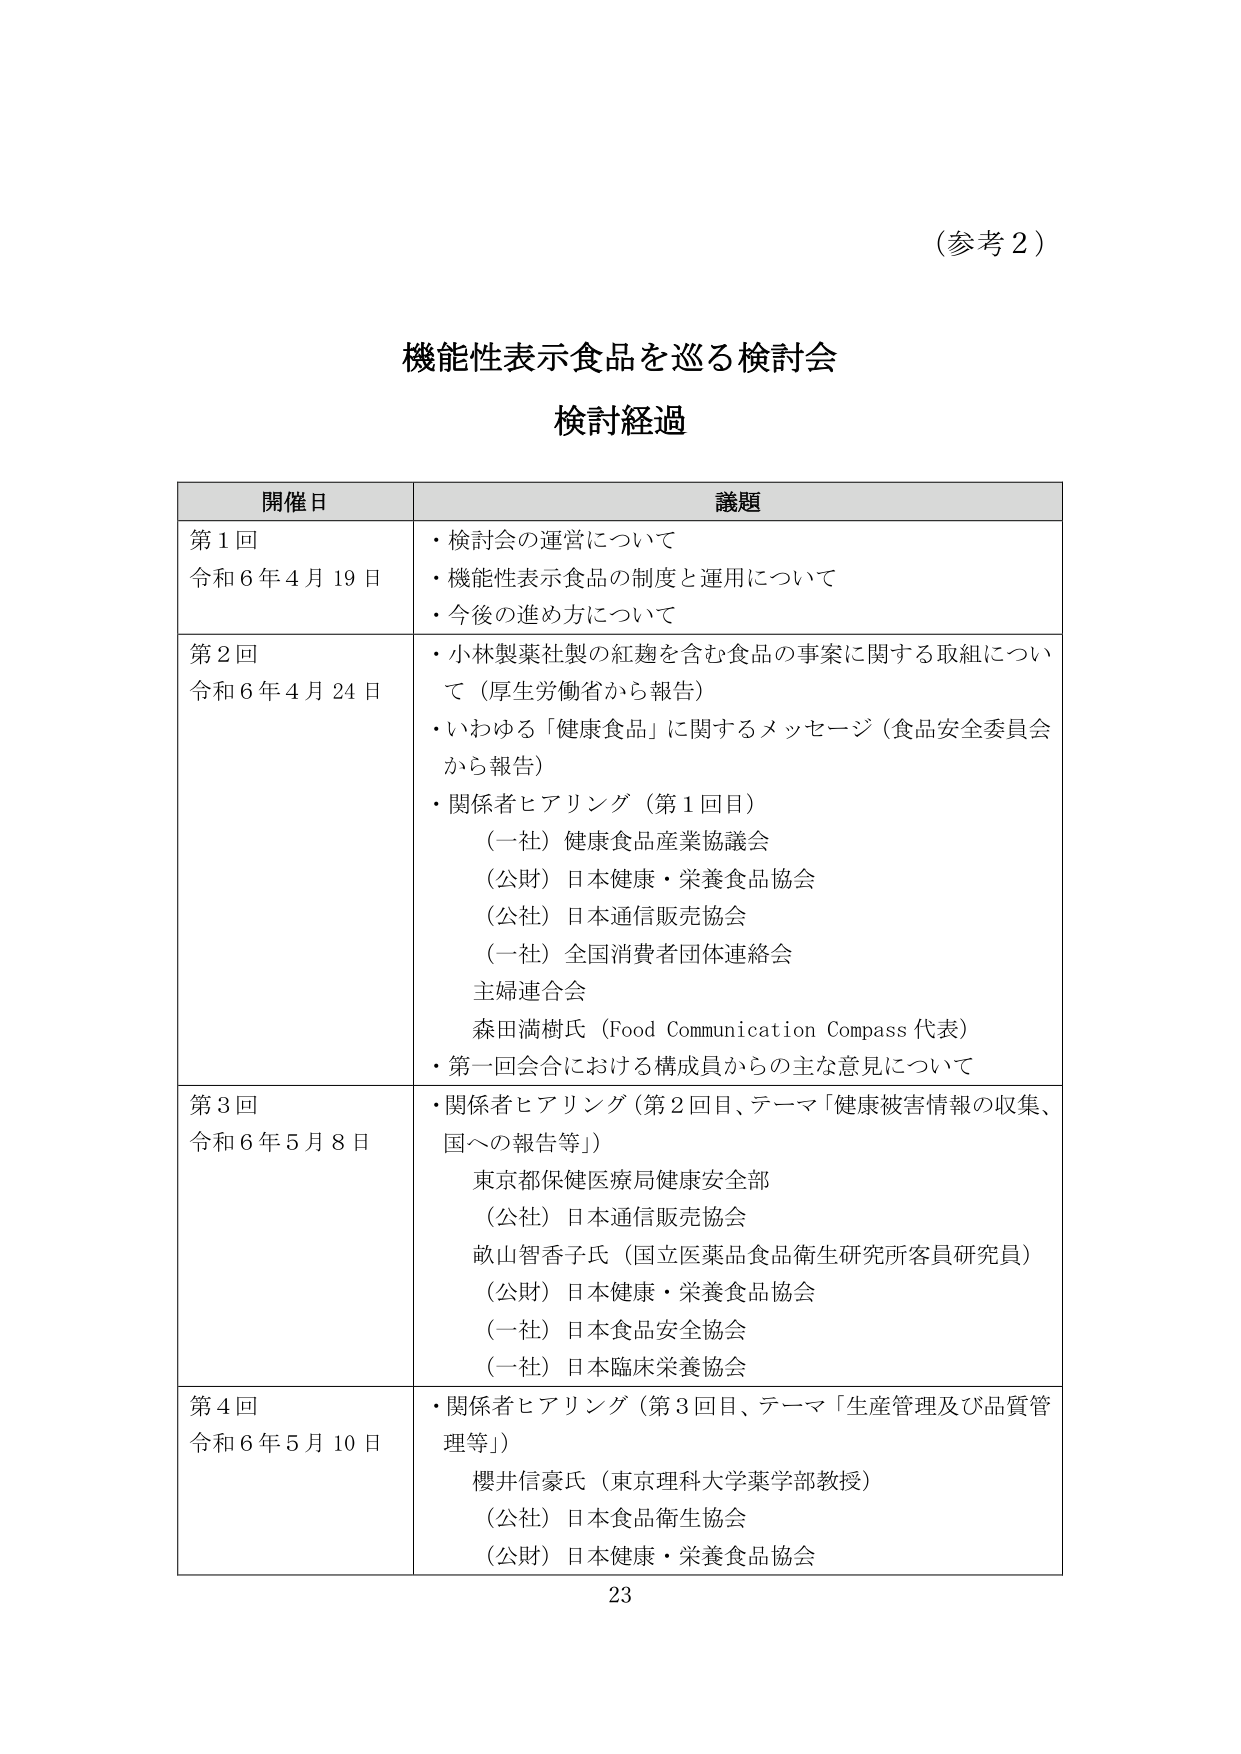
（参考２）

機能性表示食品を巡る検討会
検討経過

開催日　　　　　　　　　　　　　　　　　　　　　　　　　　　　　議題

第１回
令和６年４月19日
・検討会の運営について
・機能性表示食品の制度と運用について
・今後の進め方について

第２回
令和６年４月24日
・小林製薬社製の紅麹を含む食品の事案に関する取組について（厚生労働省から報告）
・いわゆる「健康食品」に関するメッセージ（食品安全委員会から報告）
・関係者ヒアリング（第１回目）
　（一社）健康食品産業協議会
　（公財）日本健康・栄養食品協会
　（公社）日本通信販売協会
　（一社）全国消費者団体連絡会
　主婦連合会
　森田満樹氏（Food Communication Compass 代表）
・第一回会合における構成員からの主な意見について

第３回
令和６年５月８日
・関係者ヒアリング（第２回目、テーマ「健康被害情報の収集、国への報告等」）
　東京都保健医療局健康安全部
　（公社）日本通信販売協会
　畝山智香子氏（国立医薬品食品衛生研究所客員研究員）
　（公財）日本健康・栄養食品協会
　（一社）日本食品安全協会
　（一社）日本臨床栄養協会

第４回
令和６年５月10日
・関係者ヒアリング（第３回目、テーマ「生産管理及び品質管理等」）
　櫻井信豪氏（東京理科大学薬学部教授）
　（公社）日本食品衛生協会
　（公財）日本健康・栄養食品協会

23